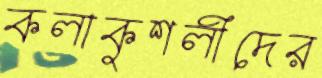
কলাকুশলীদের